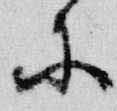
等